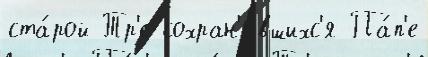
ста́рой Тр'е сохран'и́вшихс'я Па́п'е